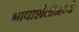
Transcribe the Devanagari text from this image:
भाषाशैलीमध्ये